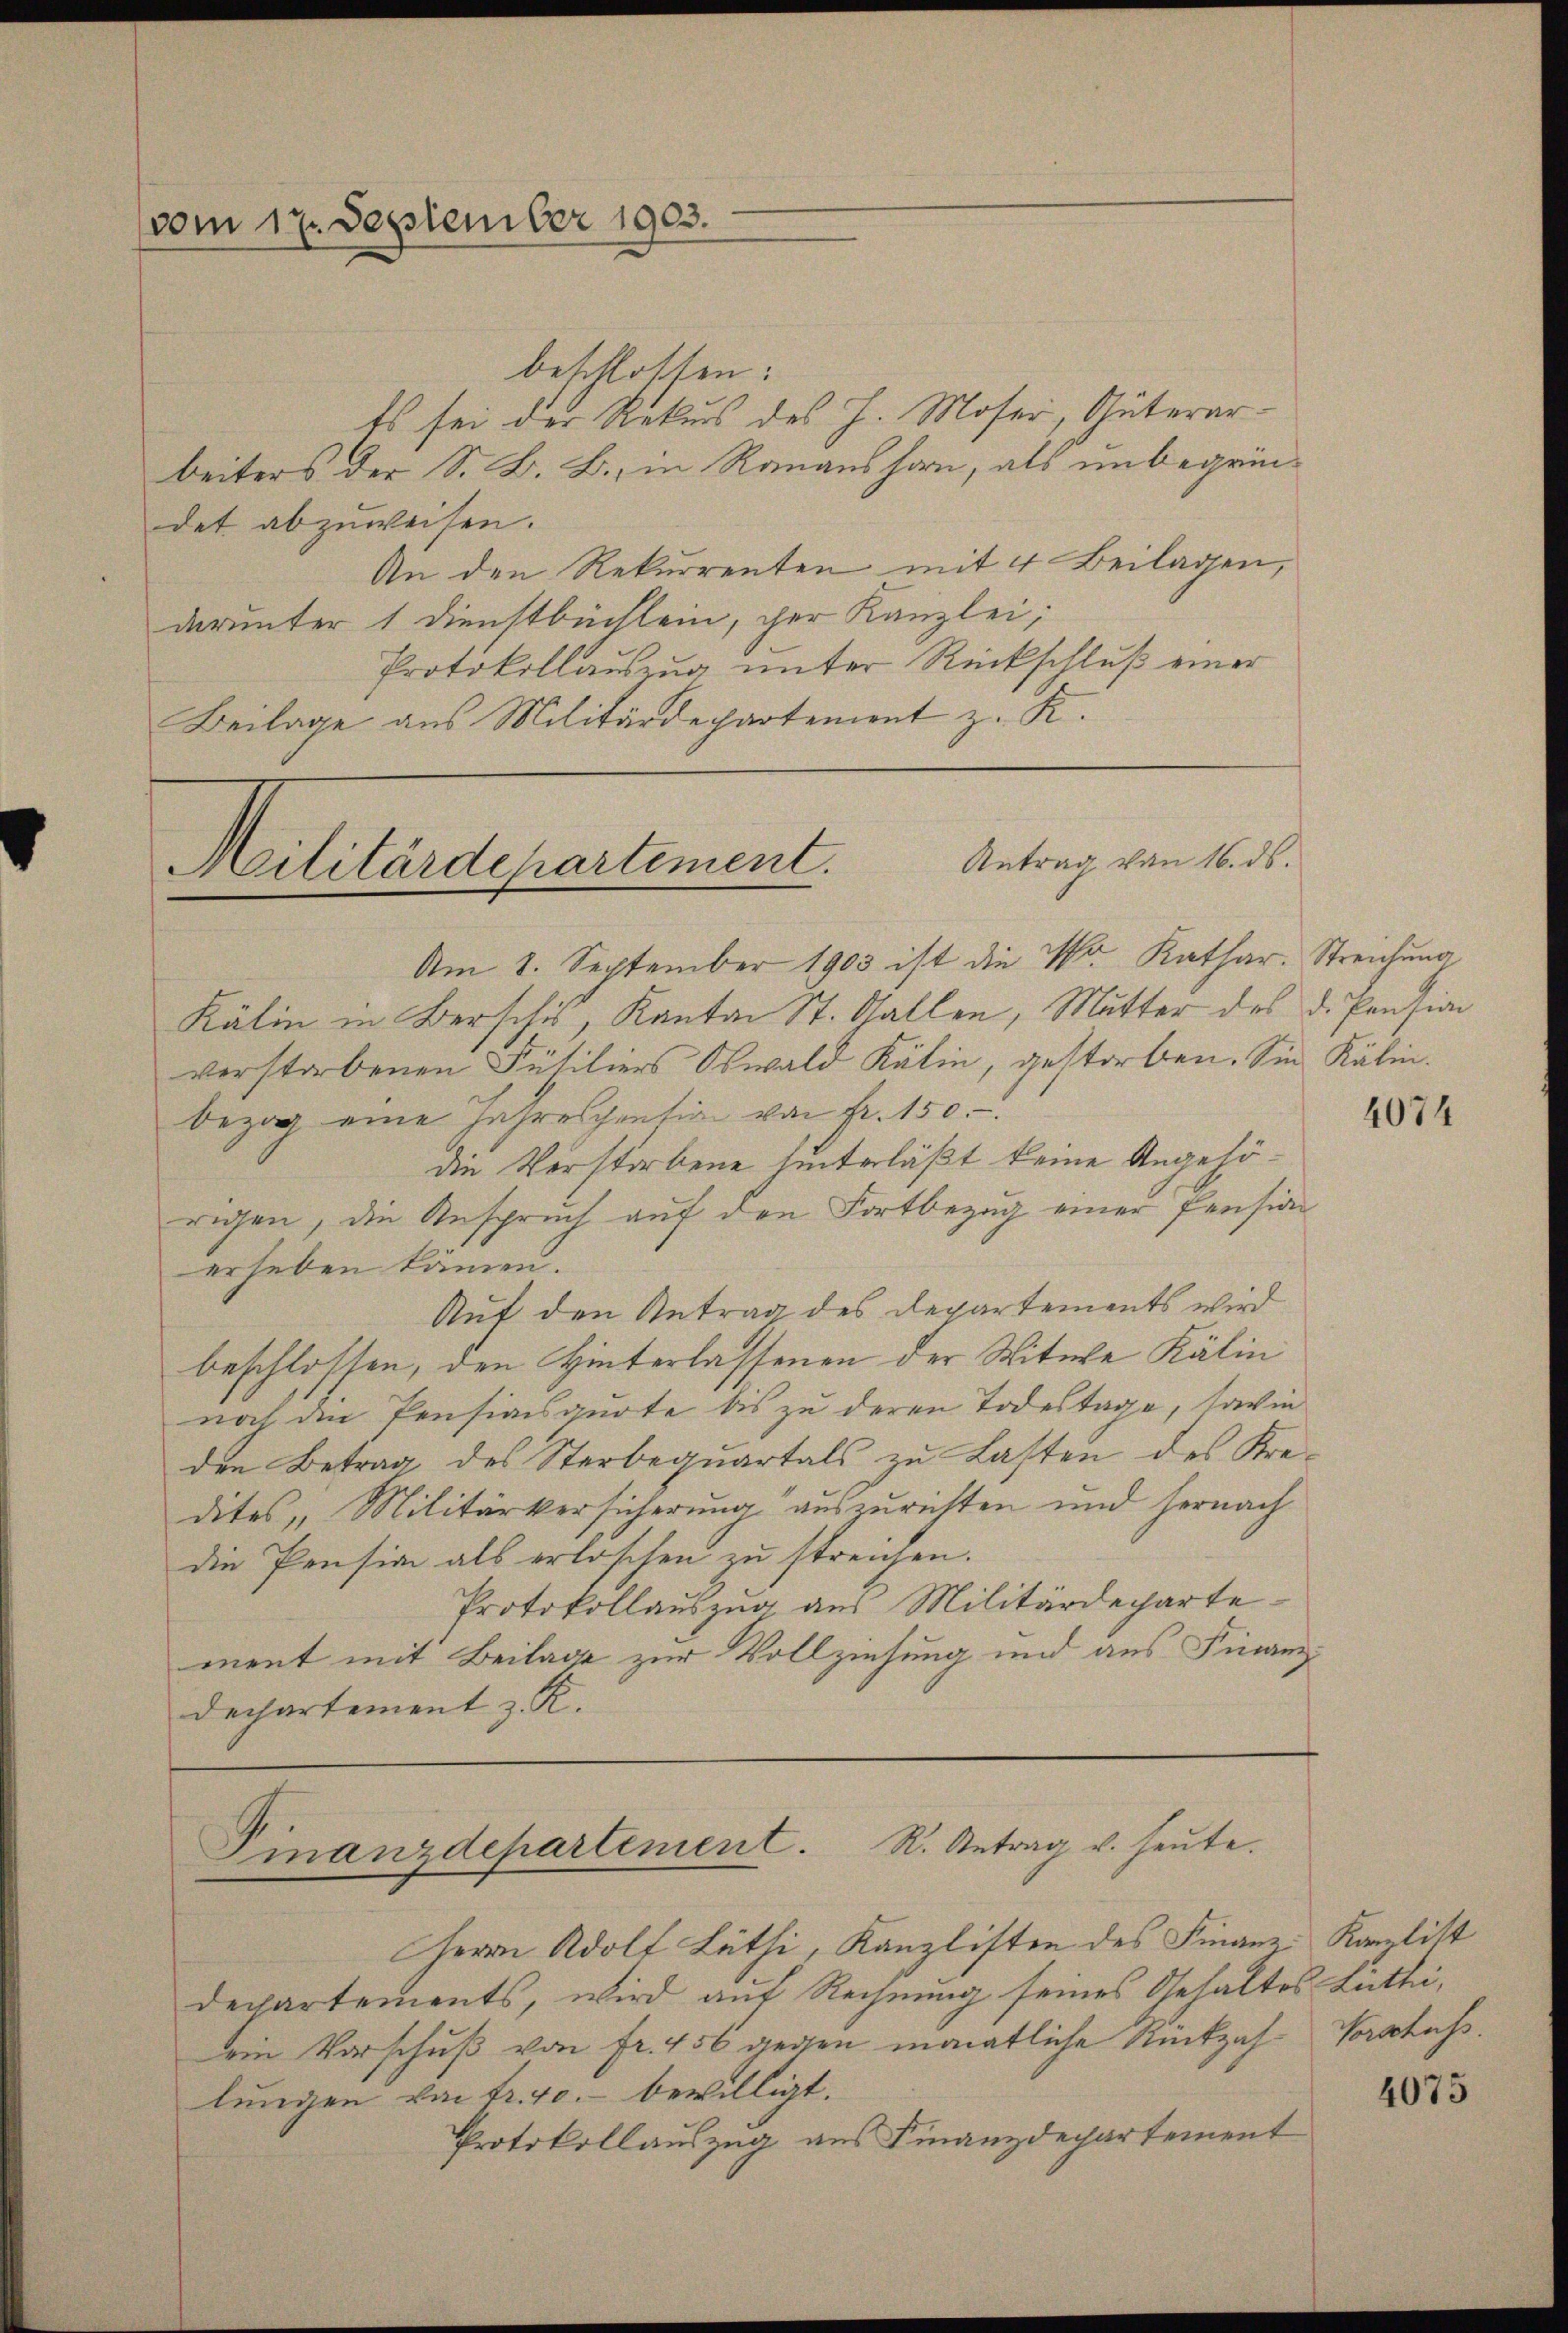
vom 17. September 1903.

beschlossen:
Es sei der Rekurs des H. Moser, Güterarbeiters der S. B. B. in Ranaushorn, als unbegründet abzuweisen.
An den Rekurrenten mit 4 Beilagen,
darunter 1 Dienstbüchlein, der Kanzlei,
Protokollauszug unter Rückschluß einer
Beilage aus Militärdepartement z. K.

Antrag von 16. ds.
Militärdepartement.

Finanzdepartement. R. Antrag u. heute.

Am 2. September 1903 ist die Dr. Kathar. Streichung
Kälin in Berschi, Kanton St. Gallen, Mutter des d. Pension
verstorbenen Füsiliers Oswald Kälin, gestorben. Sie Kälin.
bezog eine Jahrespention von fr. 150.-
die Verstorbene hinterläßt keine Angehörigen, die Anspruch auf den Fortbezug einer Pensian
erheben kämen.
Auf den Antrag des Departements wird
beschlossen, den Hinterlassenen der Witwe Kälin
noch die Pensionsquote bis zu deren Todestage, sowie
den Betrag des Sterbequartals zu Lasten des Kredites Militärversicherung auszurichten und hernach
die Pension als erloschen zu streichen.
Protokollauszug aus Militärdepartement mit Beilage zur Vollziehung und aus Finanzz
dechartement z. R.

Herrn Adolf Lüthi, Kanzlisten des Finanz-Kantist
departements, wird auf Rechnung seines Gehaltes Lüthiein Vorschuß von fr. 456 gegen monatliche Rückzah Vorschass.
lungen von Fr. 40. bewilligt.
Protokollauszug aus Finanzdepartement

4074

4075